Revision of Machinery of Youth Service Scheme, 1942
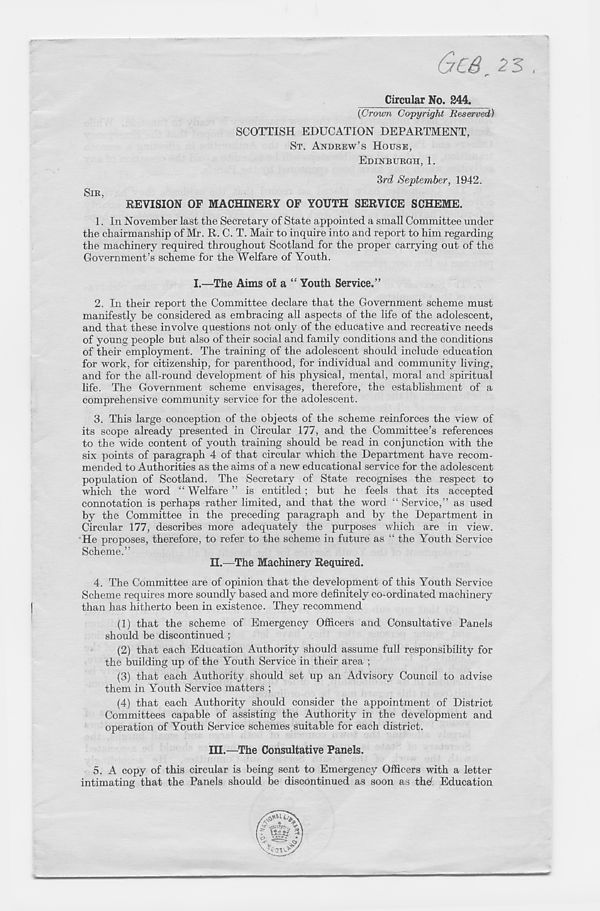
Circular No. 244.
(Crown Copyright Reserved)
SCOTTISH EDUCATION DEPARTMENT,
ST. ANDREW’S HOUSE,
EDINBURGH, 1.
Srd September, 1942.
SIR,
REVISION OF MACHINERY OF YOUTH SERVICE SCHEME.
1. In November last the Secretary of State appointed a small Committee under
the chairmanship of Mr. R. C. T. Mair to inquire into and report to him regarding
the machinery required throughout Scotland for the proper carrying out of the
Government’s scheme for the Welfare of Youth.
I.—The Aims of a “ Youth Service.”
2. In their report the Committee declare that the Government scheme must
manifestly be considered as embracing all aspects of the life of the adolescent,
and that these involve questions not only of the educative and recreative needs
of young people but also of their social and family conditions and the conditions
of their employment. The training of the adolescent should include education
for work, for citizenship, for parenthood, for individual and community living,
and for the all-round development of his physical, mental, moral and spiritual
life. The Government scheme envisages, therefore, the establishment of a
comprehensive community service for the adolescent.
3. This large conception of the objects of the scheme reinforces the view of
its scope already presented in Circular 177, and the Committee’s references
to the wide content of youth training should be read in conjunction with the
six points of paragraph 4 of that circular which the Department have recom-
mended to Authorities as the aims of a new educational service for the adolescent
population of Scotland. The Secretary of State recognises the respect to
which the word “ Welfare ” is entitled; but he feels that its accepted
connotation is perhaps rather limited, and that the word “ Service,” as used
by the Committee in the preceding paragraph and by the Department in
Circular 177, describes more adequately the purposes which are in view.
He proposes, therefore, to refer to the scheme in future as “ the Youth Service
Scheme.”
H.—The Machinery Required.
4. The Committee are of opinion that the development of this Youth Service
Scheme requires more soundly based and more definitely co-ordinated machinery
than has hitherto been in existence. They recommend
(1) that the scheme of Emergency Officers and Consultative Panels
should be discontinued ;
(2) that each Education Authority should assume full responsibility for
the building up of the Youth Service in their area ;
(3) that each Authority should set up an Advisory Council to advise
them in Youth Service matters ;
(4) that each Authority should consider the appointment of District
Committees capable of assisting the Authority in the development and
operation of Youth Service schemes suitable for each district.
III.—The Consultative Panels.
5. A copy of this circular is being sent to Emergency Officers with a letter
intimating that the Panels should be discontinued as soon as the ( Education